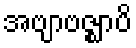
အဗျာဗဇ္ဈာပိ